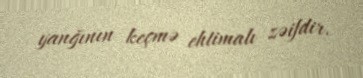
yanğının keçmə ehtimalı zəifdir.